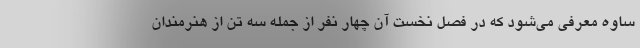
ساوه معرفی می‌شود که در فصل نخست آن چهار نفر از جمله سه تن از هنرمندان